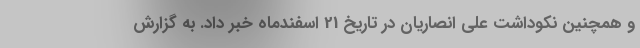
و همچنین نکوداشت علی انصاریان در تاریخ 21 اسفندماه خبر داد. به گزارش